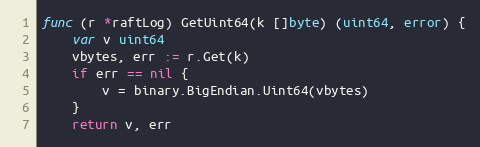
Language: Go
func (r *raftLog) GetUint64(k []byte) (uint64, error) {
	var v uint64
	vbytes, err := r.Get(k)
	if err == nil {
		v = binary.BigEndian.Uint64(vbytes)
	}
	return v, err